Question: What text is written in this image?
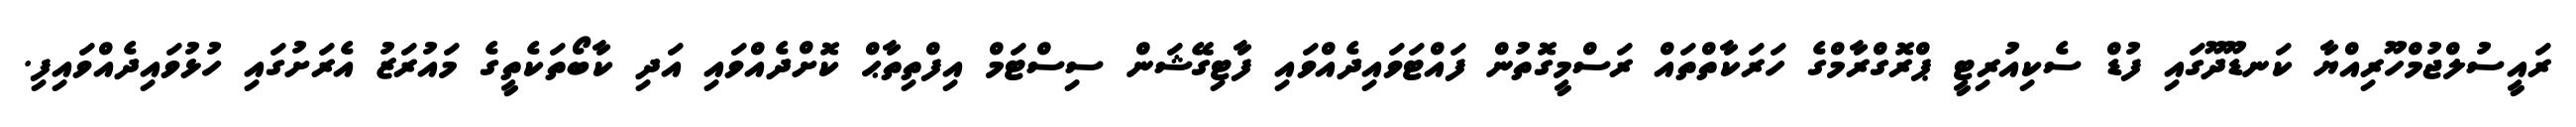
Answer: ރައީސުލްޖުމްހޫރިއްޔާ ކަނޑޫދޫގައި ފުޑް ސެކިއުރިޓީ ޕްރޮގްރާމްގެ ހަރަކާތްތައް ރަސްމީގޮތުން ފައްޓަވައިދެއްވައި ފާޓިގޭޝަން ސިސްޓަމް އިފްތިތާޙް ކޮށްދެއްވައި އަދި ކާބޯތަކެތީގެ މައުރަޒު އެރަށުގައި ހުޅުވައިދެއްވައިފި.